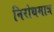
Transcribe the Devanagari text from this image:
निरोधमात्र